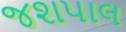
જશપાલ